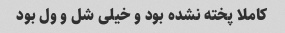
کاملا پخته نشده بود و خیلی شل و ول بود